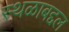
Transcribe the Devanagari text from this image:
स्थळाबद्दल